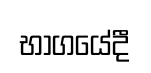
භාගයේදී